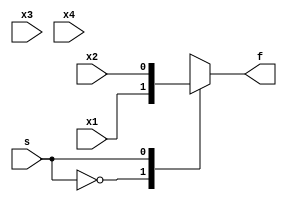
module mux_4_1 (
	input x1,
	input x2,
	input x3,
	input x4,
	input s,
	output reg f
);

always@ (*)
	begin
	case (s)
		0: f = x1;
		1: f = x2;
		2: f = x3;
		3: f = x4;
	endcase
	end
	
endmodule